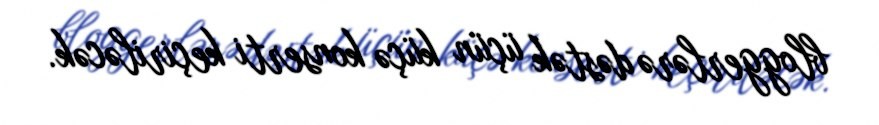
bloggerlərə dəstək üçün küçə konserti keçiriləcək.